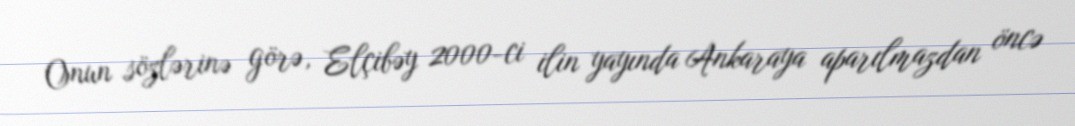
Onun sözlərinə görə, Elçibəy 2000-ci ilin yayında Ankaraya aparılmazdan öncə